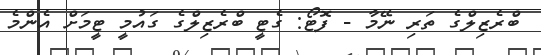
ބްރެޒިލްގެ ތަރި ނޭމާ - ފޮޓޯ: ގެޓީ ބްރެޒިލްގެ ގައުމީ ޓީމަށް އެންމެ